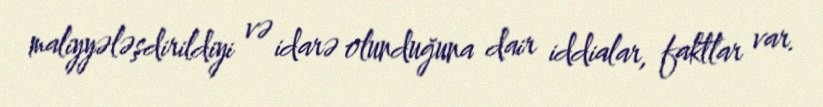
maliyyələşdirildiyi və idarə olunduğuna dair iddialar, faktlar var.